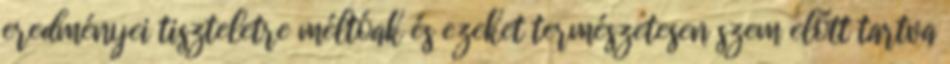
eredményei tiszteletre méltóak és ezeket természetesen szem előtt tartva